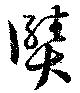
賾